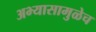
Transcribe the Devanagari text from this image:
अभ्यासामुळेच